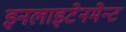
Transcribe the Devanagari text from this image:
इनलाइटेनमेन्ट